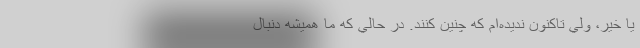
يا خير، ولي تاكنون نديده‌ام كه چنين كنند. در حالي كه ما هميشه دنبال